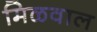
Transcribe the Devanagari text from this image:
मिळवाल